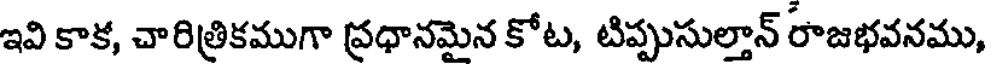
ఇవి కాక, చారిత్రికముగా ప్రధానమైన కోట, టిప్పుసుల్తాన్ రాజభవనము,